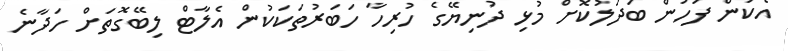
އެކަން ފަހުން ބަދަލުކޮށް މުޅި ދުނިޔޭގެ ހުރިހާ ހަބަރުތަކަކުން އެލާޓް ލިބޭގޮތަށް ހަދާނެ